Calcutta medical institutions reports 1879-81 [i.e.91]
Year: 1879
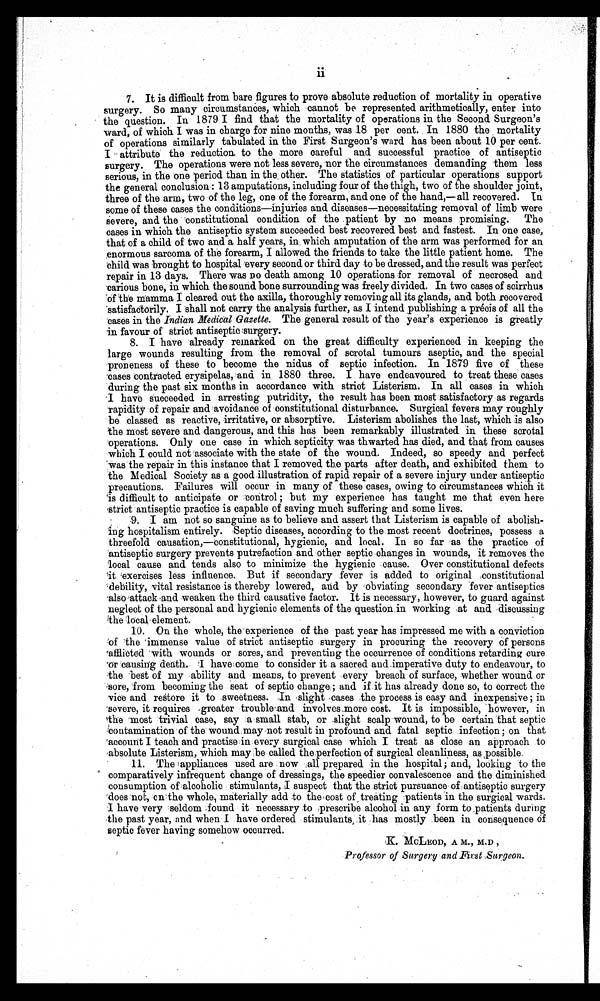
ii
7. It is difficult from bare figures to prove absolute reduction of mortality in operative
surgery. So many circumstances, which cannot be represented arithmetically, enter into
the question. In 1879 I find that the mortality of operations in the Second Surgeon's
ward, of which I was in charge for nine months, was 18 per cent. In 1880 the mortality
of operations similarly tabulated in the First Surgeon's ward has been about 10 per cent.
I attribute the reduction to the more careful and successful practice of antiseptic
surgery. The operations were not less severe, nor the circumstances demanding them less
serious, in the one period than in the other. The statistics of particular operations support
the general conclusion : 13 amputations, including four of the thigh, two of the shoulder joint,
three of the arm, two of the leg, one of the forearm, and one of the hand,— all recovered. In
some of these cases the conditions—injuries and diseases—necessitating removal of limb were
s e v e r e , a n d t h e c o n s t i t u t i o n a l c o n d i t i o n o f t h e p a t i e n t b y n o m e a n s p r o m i s i n g . T h e
cases in which the antiseptic system succeeded best recovered best and fastest. In one case,
that of a child of two and a half years, in which amputation of the arm was performed for an
enormous sarcoma of the forearm, I allowed the friends to take the little patient home. The
child was brought to hospital every second or third day to be dressed, and the result was perfect
repair in 13 days. There was no death among 10 operations for removal of necrosed and
carious bone, in which the sound bone surrounding was freely divided. In two cases of scirrhus
of the mamma I cleared out the axilla, thoroughly removing all its glands, and both recovered
satisfactorily. I shall not carry the analysis further, as I intend publishing a précis of all the
cases in the Indian Medical Gazette. The general result of the year's experience is greatly
in favour of strict antiseptic surgery.
8. I have already remarked on the great difficulty experienced in keeping the
large wounds resulting from the removal of scrotal tumours aseptic, and the special
proneness of these to become the nidus of septic infection. In 1879 five of these
cases contracted erysipelas, and in 1880 three. I have endeavoured to treat these cases
during the past six months in accordance with strict Listerism. In all cases in which
I have succeeded in arresting putridity, the result has been most satisfactory as regards
rapidity of repair and avoidance of constitutional disturbance. Surgical fevers may roughly
be classed as reactive, irritative, or absorptive. Listerism abolishes the last, which is also
the most severe and dangerous, and this has been remarkably illustrated in these scrotal
operations. Only one case in which septicity was thwarted has died, and that from causes
which I could not associate with the state of the wound. Indeed, so speedy and perfect
was the repair in this instance that I removed the parts after death, and exhibited them to
the Medical Society as a good illustration of rapid repair of a severe injury under antiseptic
precautions. Failures will occur in many of these cases, owing to circumstances which it
is difficult to anticipate or control ; but my experience has taught me that even here
strict antiseptic practice is capable of saving much suffering and some lives.
9. I am not so sanguine as to believe and assert that Listerism is capable of abolish
-
ing hospitalism entirely. Septic diseases, according to the most recent doctrines, possess a
threefold causation,—constitutional, hygienic, and local. In so far as the practice of
antiseptic surgery prevents putrefaction and other septic changes in wounds, it removes the
local cause and tends also to minimize the hygienic cause. Over constitutional defects
it exercises less influence. But if secondary fever is added to original constitutional
debility, vital resistance is thereby lowered, and by obviating secondary fever antiseptics
also attack and weaken the third causative factor. It is necessary, however, to guard against
neglect of the personal and hygienic elements of the question in working at and discussing
the local element.
10. On the whole, the experience of the past year has impressed me with a conviction
of the immense value of strict antiseptic surgery in procuring the recovery of persons
afflicted with wounds or sores, and preventing the occurrence of conditions retarding cure
or causing death. I have come to consider it a sacred and imperative duty to endeavour, to
the best of my ability and means, to prevent every breach of surface, whether wound or
sore, from becoming the seat of septic change; and if it has already done so, to correct the
vice and restore it to sweetness. In slight cases the process is easy and inexpensive; in
severe, it requires greater trouble and involves more cost. It is impossible, however, in
the most trivial case, say a small stab, or slight scalp wound, to be certain that septic
contamination of the wound may not result in profound and fatal septic infection; on that
account I teach and practise in every surgical case which I treat as close an approach to
absolute Listerism, which may be called the perfection of surgical cleanliness, as possible.
11. The appliances used are now all prepared in the hospital; and, looking to the
comparatively infrequent change of dressings, the speedier convalescence and the diminished
consumption of alcoholic stimulants, I suspect that the strict pursuance of antiseptic surgery
does not, on the whole, materially add to the cost of treating patients in the surgical wards.
I have very seldom found it necessary to prescribe alcohol in any form to patients during
the past year, and when I have ordered stimulants it has mostly been in consequence of
septic fever having somehow occurred.
Professor of Surgery and First Surgeon.